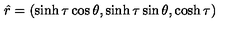
\hat { r } = ( \sinh \tau \cos \theta , \sinh \tau \sin \theta , \cosh \tau )